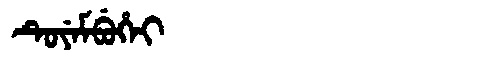
Manchu: ᡨᡠᠶᡝᠮᠪᡠᡥᡝᡳ
Romanization: TUYEMBUHEI